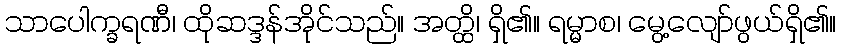
သာပေါက္ခရဏီ၊ ထိုဆဒ္ဒန်အိုင်သည်။ အတ္ထိ၊ ရှိ၏။ ရမ္မာစ၊ မွေ့လျော်ဖွယ်ရှိ၏။